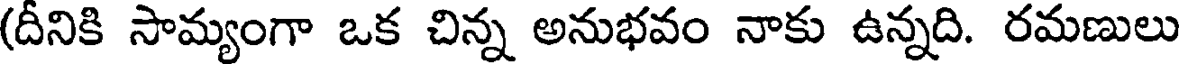
(దీనికి సామ్యంగా ఒక చిన్న అనుభవం నాకు ఉన్నది. రమణులు